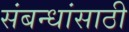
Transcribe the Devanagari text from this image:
संबन्धांसाठी